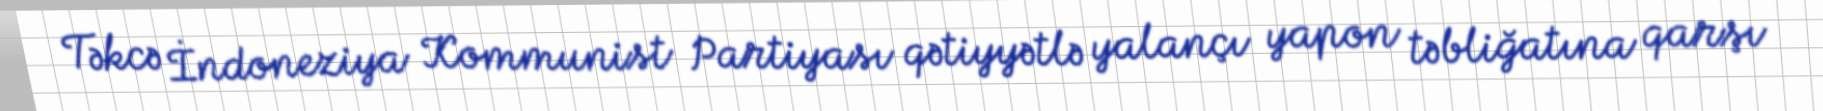
Təkcə İndoneziya Kommunist Partiyası qətiyyətlə yalançı yapon təbliğatına qarşı